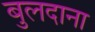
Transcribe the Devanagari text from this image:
बुलदाना